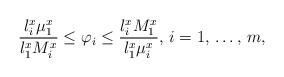
\begin{align*}\frac{l_{i}^{x}\mu_{1}^{x}}{l_{1}^{x}M_{i}^{x}}\le \varphi_{i}\le \frac{l_{i}^{x}M_{1}^{x}}{l_{1}^{x}\mu_{i}^{x}},\thinspace i=1,\thinspace \mathellipsis ,\thinspace m,\end{align*}